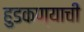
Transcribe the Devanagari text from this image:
हुडकण्याची